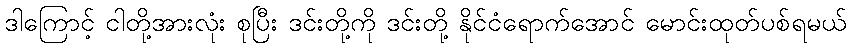
ဒါကြောင့် ငါတို့အားလုံး စုပြီး ဒင်းတို့ကို ဒင်းတို့ နိုင်ငံရောက်အောင် မောင်းထုတ်ပစ်ရမယ်